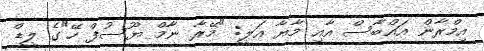
އިމްރާން އައްބާސް އާއި މާޔާ އަލީ: "މޭރާ ނާމް ޔޫސުފް ހޭ"ގެ ލީޑް